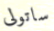
ساتولى